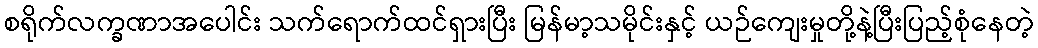
စရိုက်လက္ခဏာအပေါင်း သက်ရောက်ထင်ရှားပြီး မြန်မာ့သမိုင်းနှင့် ယဉ်ကျေးမှုတို့နဲ့ပြီးပြည့်စုံနေတဲ့